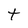
Character: t